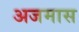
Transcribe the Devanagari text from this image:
अजमास